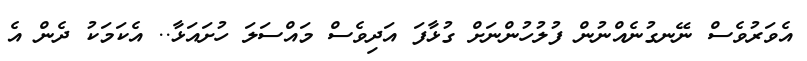
އެވަރުވެސް ނޭނގުނެއްނުން ފުލުހުންނަށް ގުޅާފަ އަދިވެސް މައްސަލަ ހުށައަޅާ.. އެކަމަކު ދެން އެ